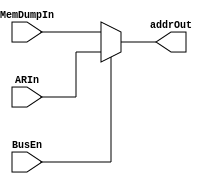
//Written By: Alex
module AddrSelector (
	input [4:0] ARIn, MemDumpIn,
	input BusEn,
	output reg [4:0] addrOut);
	
	//connect address bus to AR when bus is enabled
	always @ (*) begin
		if (BusEn == 1)
			addrOut = ARIn;
		else
			addrOut = MemDumpIn;
	end
endmodule